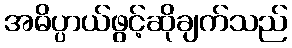
အဓိပ္ပာယ်ဖွင့်ဆိုချက်သည်